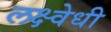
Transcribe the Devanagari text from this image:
लक्ष्वेधी